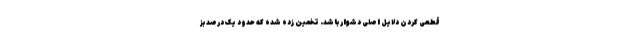
قطعی کردن دلایل اصلی دشوار باشد. تخمین زده شده که حدود یک درصد بز